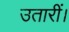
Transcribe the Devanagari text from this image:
उतारीं।